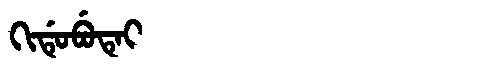
Manchu: ᡴᡳᡩᡠᠪᡠᡨᡝᡳ
Romanization: KIDUBUTEI